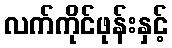
လက်ကိုင်ဖုန်းနှင့်